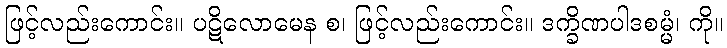
ဖြင့်လည်းကောင်း။ ပဋိလောမေန စ၊ ဖြင့်လည်းကောင်း။ ဒက္ခိဏပါဒစမ္မံ၊ ကို။